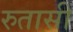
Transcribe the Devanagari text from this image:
रुतासी